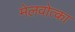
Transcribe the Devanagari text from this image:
मेलवोत्का